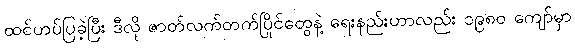
ထင်ဟပ်ပြခဲ့ပြီး ဒီလို ဇာတ်လက်တက်ပြိုင်တွေနဲ့ ရေးနည်းဟာလည်း ၁၉၈၀ ကျော်မှာ